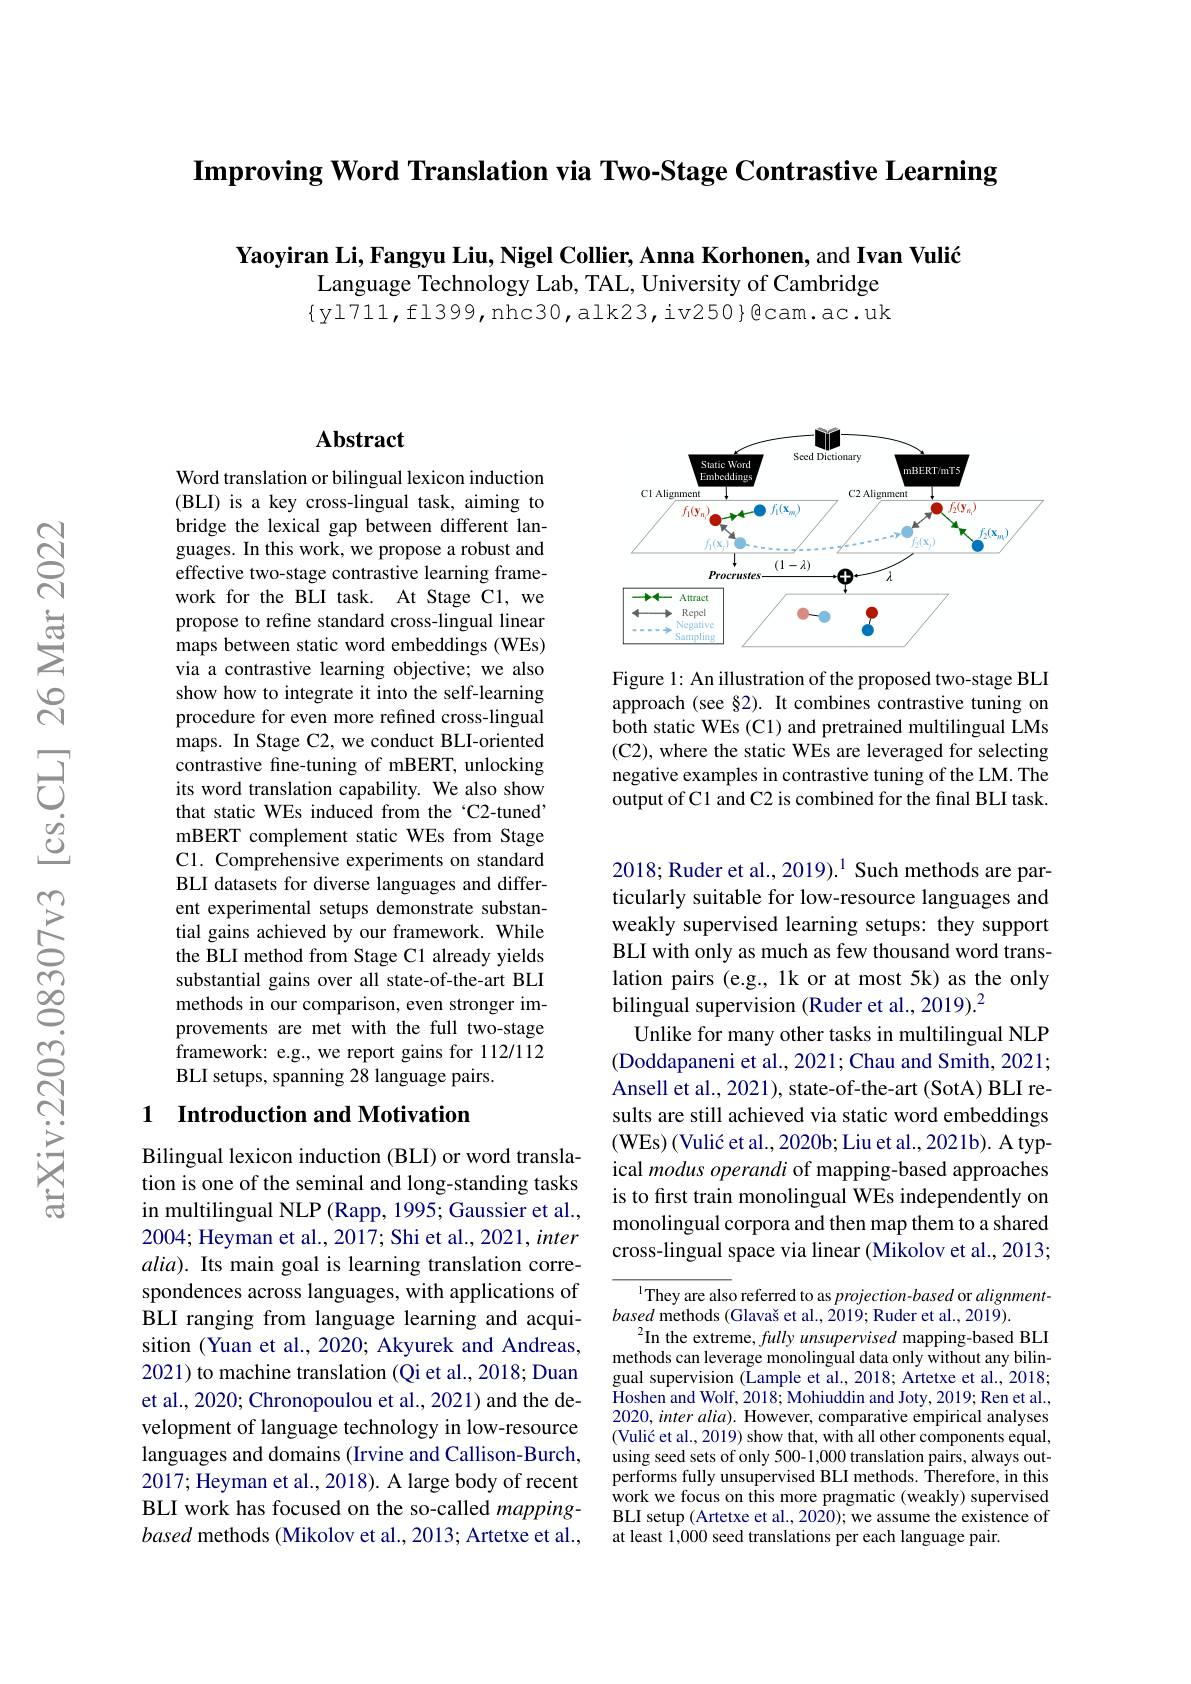
$\textbf{Improving Word Translation via Two- Stage Contrastive Learning}$

Yaoyiran Li, Fangyu Liu, Nigel Collier, Anna Korhonen, and Ivan Vulić
Language Technology Lab, TAL, University of Cambridge $\{$yl711,fl399,nhc30,alk23,iv250}色cam.ac.uk

## Abstract

Word translation or bilingual lexicon induction (BLI) is a key cross-lingual task, aiming to bridge the lexical gap between different languages. In this work, we propose a robust and effective two-stage contrastive learning framework for the BLI task. At Stage C1, we propose to refine standard cross-lingual linear maps between static word embeddings (WEs) via a contrastive learning objective; we also show how to integrate it into the self-learning procedure for even more refined cross-lingual maps. In Stage C2, we conduct BLI-oriented contrastive fine-tuning of mBERT, unlocking its word translation capability. We also show that static WEs induced from the‘C2-tuned’ mBERT complement static WEs from Stage C1. Comprehensive experiments on standard BLI datasets for diverse languages and different experimental setups demonstrate substantial gains achieved by our framework. While the BLI method from Stage C1 already yields substantial gains over all state-of-the-art BLI methods in our comparison, even stronger improvements are met with the full two-stage framework: e.g., we report gains for 112/112 BLI setups, spanning 28 language pairs.

### 1 $\textbf{Introduction and Motivation}$

Bilingual lexicon induction (BLI) or word translation is one of the seminal and long-standing tasks in multilingual NLP (Rapp, 1995; Gaussier et al., 2004; Heyman et al., 2017; Shi et al., 2021, inter $alia).$ Its main goal is learning translation correspondences across languages, with applications of BLI ranging from language learning and acquisition (Yuan et al., 2020; Akyurek and Andreas, 2021) to machine translation (Qi et al., 2018; Duan et al., 2020; Chronopoulou et al., 2021) and the development of language technology in low-resource languages and domains (Irvine and Callison-Burch, 2017; Heyman et al., 2018). A large body of recent BLI work has focused on the so-called mappingbased methods (Mikolov et al., 2013; Artetxe et al.,

<FigureHere>

Figure 1: An illustration of the proposed two-stage BLI approach (see §2). It combines contrastive tuning on both static WEs (C1) and pretrained multilingual LMs (C2), where the static WEs are leveraged for selecting negative examples in contrastive tuning of the LM. The output of C1 and C2 is combined for the final BLI task.

2018; Ruder et al., 2019).$^{1}$ Such methods are particularly suitable for low-resource languages and weakly supervised learning setups: they support BLI with only as much as few thousand word translation pairs (e.g., 1k or at most 5k) as the only bilingual supervision (Ruder et al., 2019).$^2$
Unlike for many other tasks in multilingual NLP (Doddapaneni et al., 2021; Chau and Smith, 2021; Ansell et al., 2021), state-of-the-art (SotA) BLI results are still achieved via static word embeddings (WEs) (Vulić et al., 2020b; Liu et al., 2021b). A typical modus operandi of mapping-based approaches is to frst train monolingual WEs independently on monolingual corpora and then map them to a shared cross-lingual space via linear (Mikolov et al., 2013;

$^{1}$They are also referred to as projection-based or alignment-
based methods (Glavaš et al., 2019; Ruder et al., 2019).
$^2$In the extreme, fully unsupervised mapping-based BLI methods can leverage monolingual data only without any bilingual supervision (Lample et al., 2018; Artetxe et al., 2018; $\bar{\text{Hoshen and Wolf, 2018; Mohiuddin and Joty, 2019; Ren et al.}}$, $2020,interalia).$ However, comparative empirical analyses (Vulić et al., 2019) show that, with all other components equal, using seed sets of only 500-1,000 translation pairs, always outperforms fully unsupervised BLI methods. Therefore, in this work we focus on this more pragmatic (weakly) supervised BLI setup (Artetxe et al., 2020); we assume the existence of at least 1,000 seed translations per each language pair.